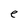
Character: e